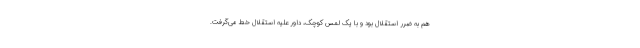
هم به ضرر استقلال بود و با یک لمس کوچک، داور علیه استقلال خط می‌گرفت.